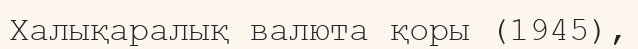
Халықаралық валюта қоры (1945),